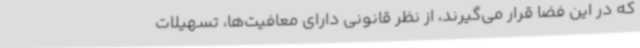
که در این فضا قرار می‌گیرند، از نظر قانونی دارای معافیت‌ها، تسهیلات